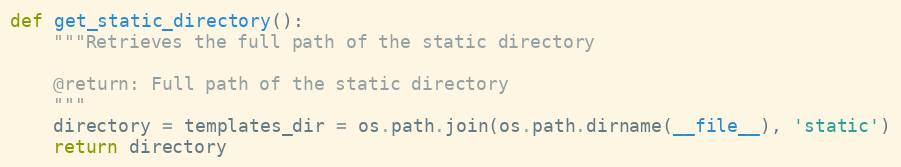
Language: Python
def get_static_directory():
    """Retrieves the full path of the static directory

    @return: Full path of the static directory
    """
    directory = templates_dir = os.path.join(os.path.dirname(__file__), 'static')
    return directory